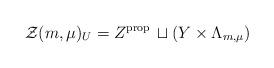
LaTeX: \begin{align*}\mathcal{Z}(m,\mu)_U = Z^\mathrm{prop}\, \sqcup (Y \times \Lambda_{m,\mu})\end{align*}